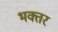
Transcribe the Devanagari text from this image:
भक्तर